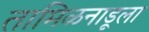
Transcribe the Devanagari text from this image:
तामिळनाडूला